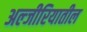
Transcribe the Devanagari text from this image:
अल्जीरियातील